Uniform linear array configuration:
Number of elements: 48
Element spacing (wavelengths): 0.5
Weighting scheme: hann
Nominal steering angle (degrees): -15
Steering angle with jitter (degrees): -16.892
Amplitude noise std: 0.05
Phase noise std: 0.05

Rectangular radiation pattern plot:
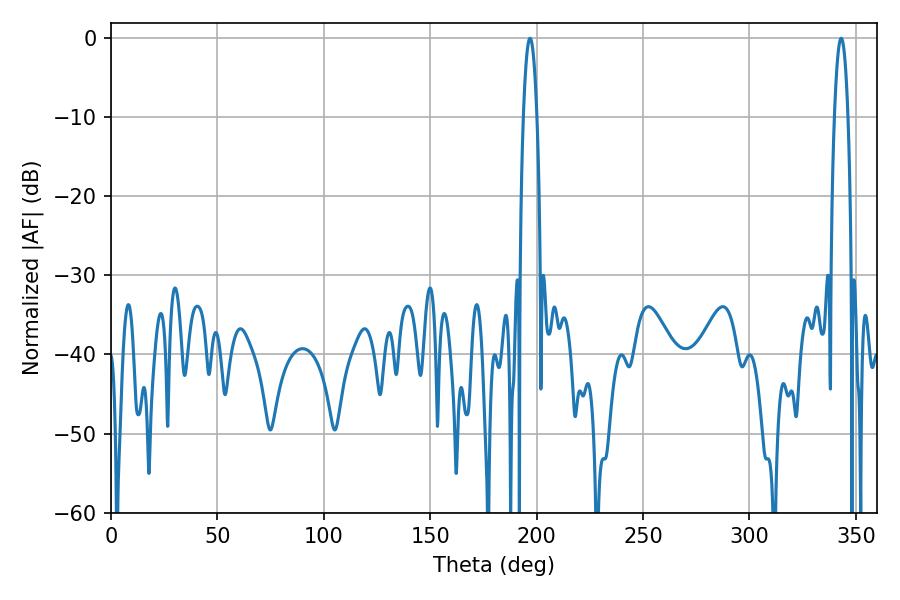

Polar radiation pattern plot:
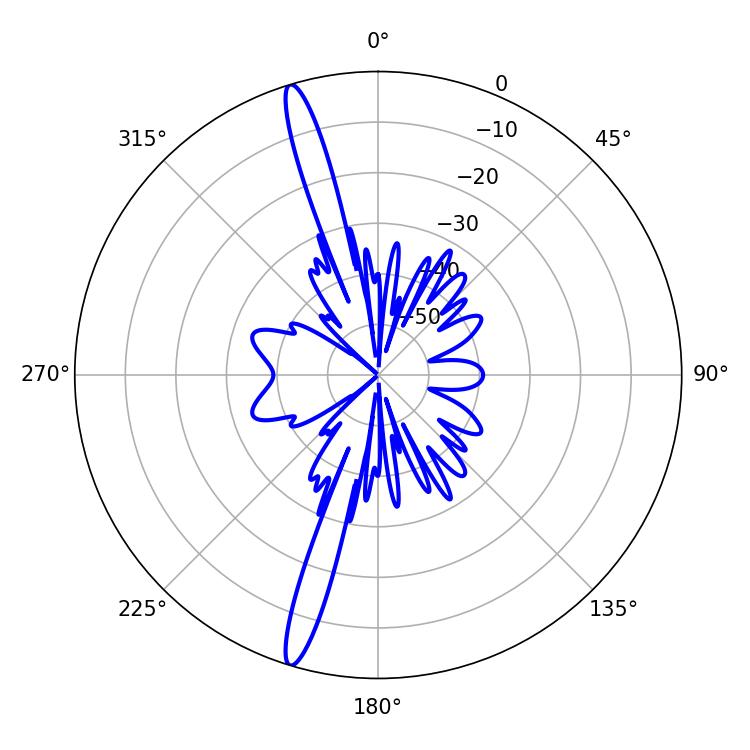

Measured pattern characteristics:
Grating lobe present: FALSE
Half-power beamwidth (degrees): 3.6
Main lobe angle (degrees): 343.08